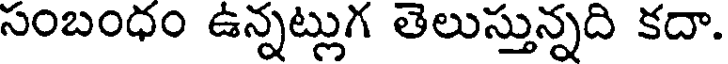
సంబంధం ఉన్నట్లుగ తెలుస్తున్నది కదా.